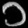
Digit: ၁